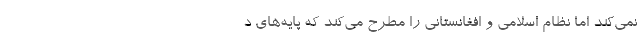
نمي‌كند اما نظام اسلامي و افغانستاني را مطرح مي‌كند كه پايه‌هاي د